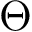
\boldsymbol { \Theta }